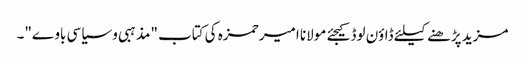
مزید پڑھنے کیلئے ڈاؤن لوڈ کیجئے مولانا امیر حمزہ کی کتاب "مذہبی و سیاسی باوے"۔